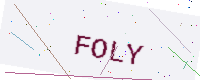
Text: FOLY